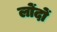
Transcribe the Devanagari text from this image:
लोंदों